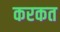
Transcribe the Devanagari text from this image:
करकत